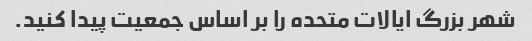
شهر بزرگ ایالات متحده را بر اساس جمعیت پیدا کنید.